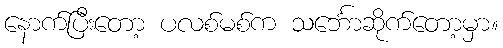
နောက်ပြီးတော့ ပလစ်မစ်က သင်္ဘောဆိုက်တော့မှာ။